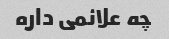
چه علائمی داره